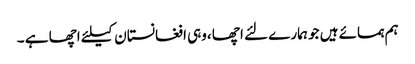
ہم ہمسائے ہیں جو ہمارے لئے اچھا ،وہی افغانستان کیلئے اچھا ہے ۔